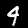
Digit: 9